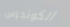
الكونجرس